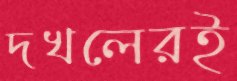
দখলেরই